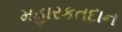
મહારકતદાન